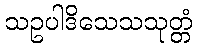
သဥပါဒိသေသသုတ္တံ